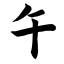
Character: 午